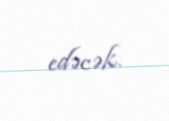
edəcək.